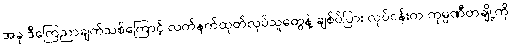
အခု ဒီကြေညာချက်သစ်ကြောင့် လက်နက်ထုတ်လုပ်သူတွေနဲ့ ချစ်ပ်ပြား လုပ်ငန်းက ကုမ္ပဏီတချို့ကို